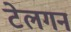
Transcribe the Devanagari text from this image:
टेलगन